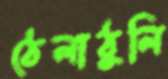
ঠেলাঠুলি